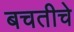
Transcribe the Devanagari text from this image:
बचतीचे